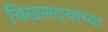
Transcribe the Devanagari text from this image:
चिखलदर्‍याच्या